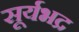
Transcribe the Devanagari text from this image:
सूर्यभद्र